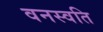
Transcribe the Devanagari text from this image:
वनस्वति